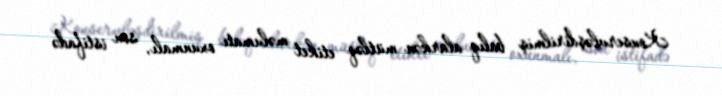
Konservləşdirilmiş balıq alarkən mütləq etiket məlumatı oxunmalı, son istifadə